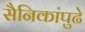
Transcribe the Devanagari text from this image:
सैनिकांपुढे